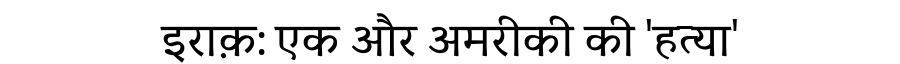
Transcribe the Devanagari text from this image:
इराक़: एक और अमरीकी की 'हत्या'